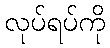
လုပ်ရပ်ကို